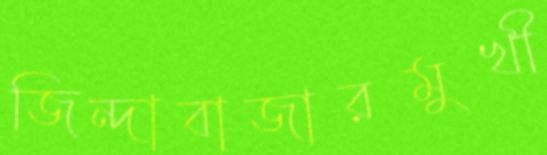
জিন্দাবাজারমুখী